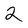
Character: 2